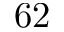
6 2